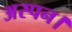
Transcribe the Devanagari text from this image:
अस्पन।